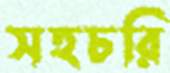
সহচরি